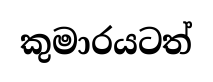
කුමාරයටත්